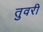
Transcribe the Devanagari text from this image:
तुवरी